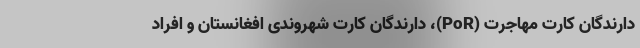
دارندگان کارت مهاجرت (PoR)، دارندگان کارت شهروندی افغانستان و افراد